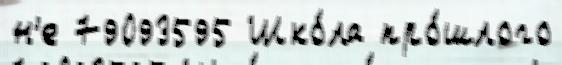
н'е 79093595 Шко́ла про́шлого